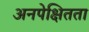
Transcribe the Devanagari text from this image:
अनपेक्षितता